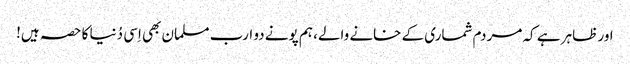
اور ظاہر ہے کہ مردم شماری کے خانے والے، ہم پونے دو ارب مسلمان بھی اِسی دُنیا کا حصہ ہیں!